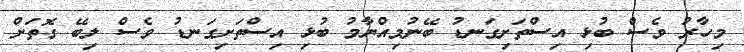
މިހާރު ވެސް ބުޅި އިސްތަށިގަނޑު ބޭނުމިއްޔާމު ބުޅި އިސްތަށިގަނޑު ވެސް ލިބޭ ގޮތަށް